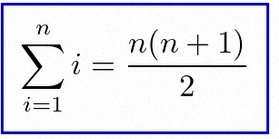
\sum_{i=1}^{n}i=\frac{n(n+1)}2